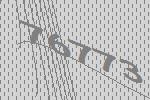
76773